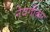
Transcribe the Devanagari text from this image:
नेवगीकर